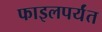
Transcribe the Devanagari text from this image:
फाइलपर्यंत